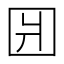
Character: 𰉎